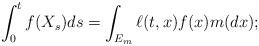
LaTeX: \begin{align*}\int_0^t f(X_s)ds=\int_{E_m}\ell(t,x)f(x)m(dx);\end{align*}